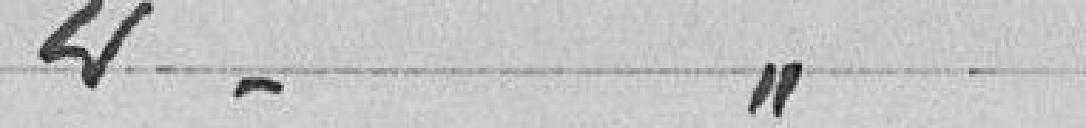
2° -    "